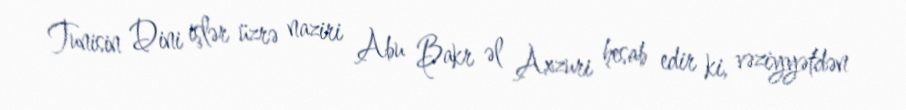
Tunisin Dini işlər üzrə naziri Abu Bakr əl Axzuri hesab edir ki, vəziyyətdən